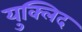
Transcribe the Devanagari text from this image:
युक्लिद